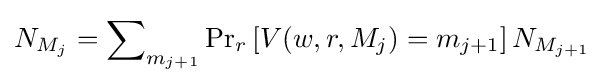
N_{M_{j}}=\sum \nolimits _{m_{j+1}}\Pr \nolimits _{r}\left[V(w,r,M_{j})=m_{j+1}\right]N_{M_{j+1}}